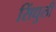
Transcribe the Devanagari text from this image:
सिंधुली